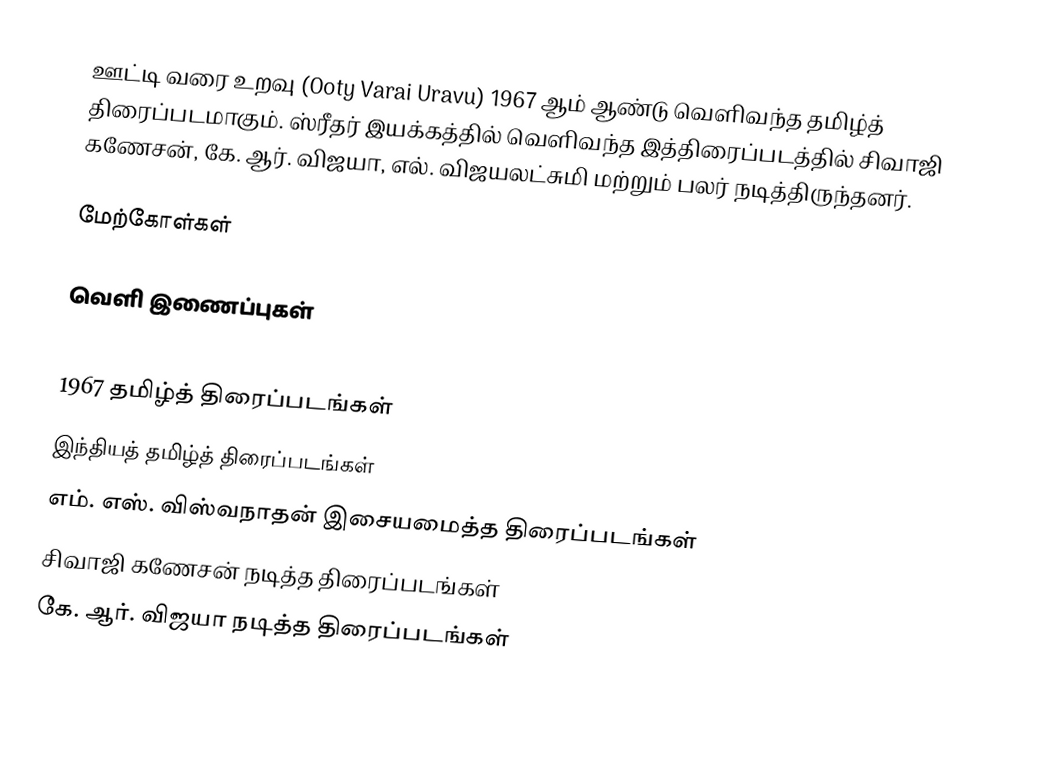
ஊட்டி வரை உறவு (Ooty Varai Uravu) 1967 ஆம் ஆண்டு வெளிவந்த தமிழ்த் திரைப்படமாகும். ஸ்ரீதர் இயக்கத்தில் வெளிவந்த இத்திரைப்படத்தில் சிவாஜி கணேசன், கே. ஆர். விஜயா, எல். விஜயலட்சுமி மற்றும் பலர் நடித்திருந்தனர்.

மேற்கோள்கள்

வெளி இணைப்புகள்

1967 தமிழ்த் திரைப்படங்கள்
இந்தியத் தமிழ்த் திரைப்படங்கள்
எம். எஸ். விஸ்வநாதன் இசையமைத்த திரைப்படங்கள்
சிவாஜி கணேசன் நடித்த திரைப்படங்கள்
கே. ஆர். விஜயா நடித்த திரைப்படங்கள்